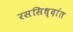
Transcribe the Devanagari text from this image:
रससिध्दांत